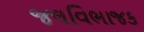
જલવિભાજક